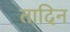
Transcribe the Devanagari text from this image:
तादिन